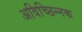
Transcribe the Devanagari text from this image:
अविच्छिन्नक